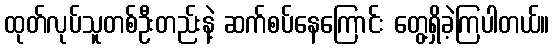
ထုတ်လုပ်သူတစ်ဦးတည်းနဲ့ ဆက်စပ်နေကြောင်း တွေ့ရှိခဲ့ကြပါတယ်။